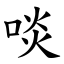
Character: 啖